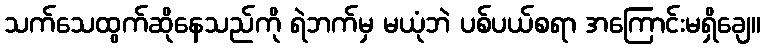
သက်သေထွက်ဆိုနေသည်ကို ရဲဘက်မှ မယုံဘဲ ပစ်ပယ်စရာ အကြောင်းမရှိချေ။